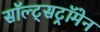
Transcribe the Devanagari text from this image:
सॉल्ट्सट्रॉमेन